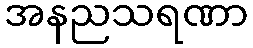
အနညသရဏာ